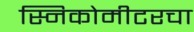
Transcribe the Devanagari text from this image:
स्निकोमीटरचा